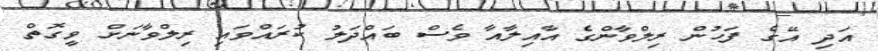
އަދި އޭގެ ފަހުން ރިލްވާންގެ އާއިލާއާ ވެސް ބައްދަލު ކުރައްވައި ރިލްވާނަށް ވީގޮތް